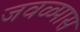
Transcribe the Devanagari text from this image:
जवळ्पास